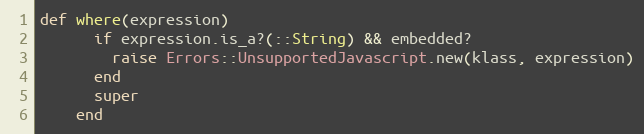
Language: Ruby
def where(expression)
      if expression.is_a?(::String) && embedded?
        raise Errors::UnsupportedJavascript.new(klass, expression)
      end
      super
    end